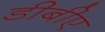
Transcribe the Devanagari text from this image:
डीबीए